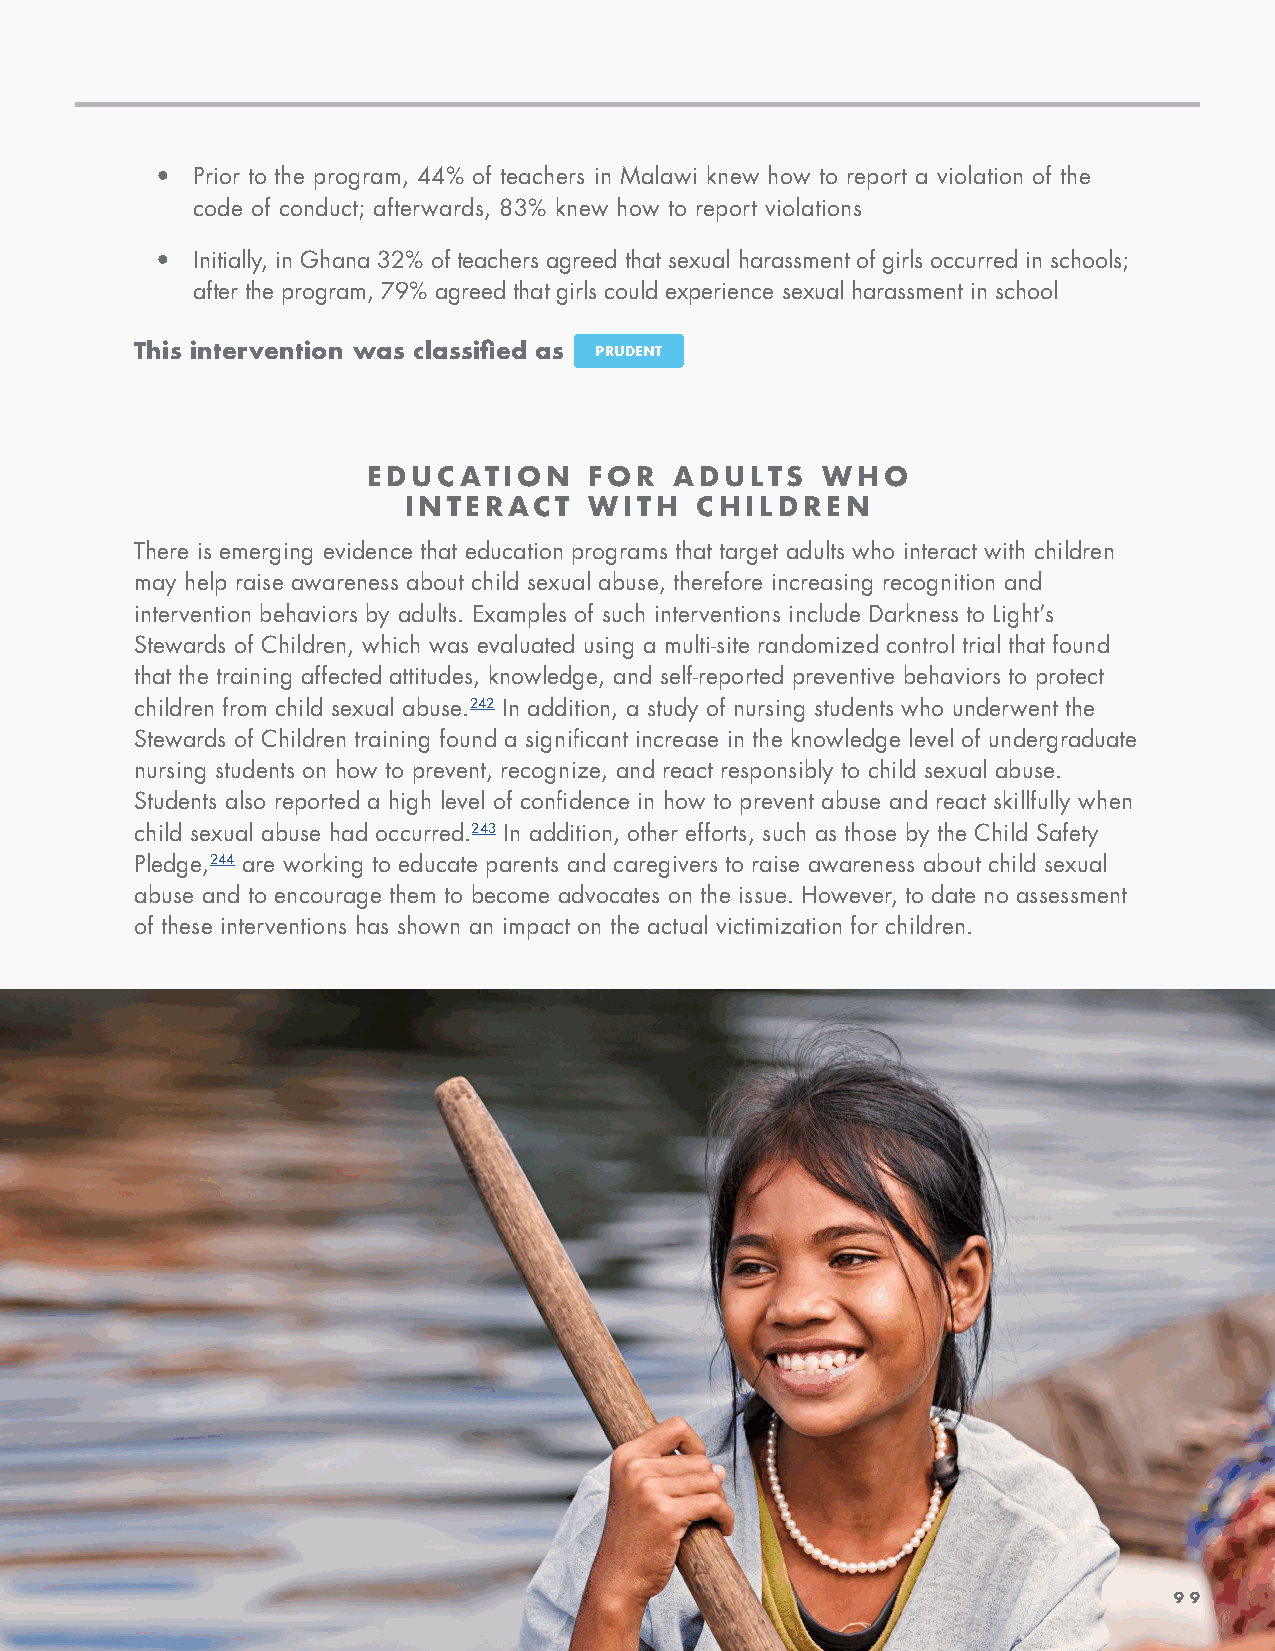
•  Prior to the program, 44% of teachers in Malawi knew how to report a violation of the
 code of conduct; afterwards, 83% knew how to report violations
 •  Initially, in Ghana 32% of teachers agreed that sexual harassment of girls occurred in schools;
 after the program, 79% agreed that girls could experience sexual harassment in school
 This intervention was classified as PRUDENT
 EDUCATION      FOR   ADULTS   WHO
 INTERACT    WITH   CHILDREN
 There is emerging evidence that education programs that target adults who interact with children
 may help raise awareness about child sexual abuse, therefore increasing recognition and
 intervention behaviors by adults. Examples of such interventions include Darkness to Light’s
 Stewards of Children, which was evaluated using a multi-site randomized control trial that found
 that the training affected attitudes, knowledge, and self-reported preventive behaviors to protect
 children from child sexual abuse.242 In addition, a study of nursing students who underwent the
 Stewards of Children training found a significant increase in the knowledge level of undergraduate
 nursing students on how to prevent, recognize, and react responsibly to child sexual abuse.
 Students also reported a high level of confidence in how to prevent abuse and react skillfully when
 child sexual abuse had occurred.243 In addition, other efforts, such as those by the Child Safety
 Pledge,244 are working to educate parents and caregivers to raise awareness about child sexual
 abuse and to encourage them to become advocates on the issue. However, to date no assessment
 of these interventions has shown an impact on the actual victimization for children.
 99                                                                       99